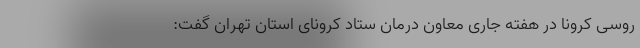
روسی کرونا در هفته جاری معاون درمان ستاد کرونای استان تهران گفت: